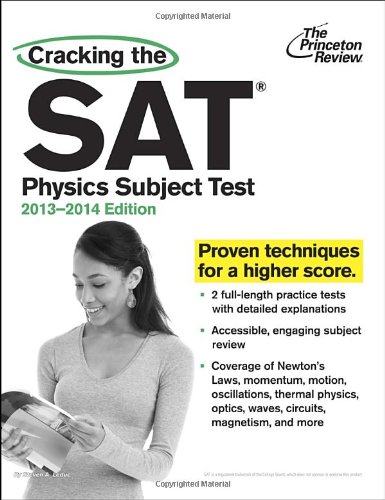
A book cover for Cracking the SAT Physics Subject Test, 2013-2014 Edition (College Test Preparation); Princeton Review; Test Preparation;